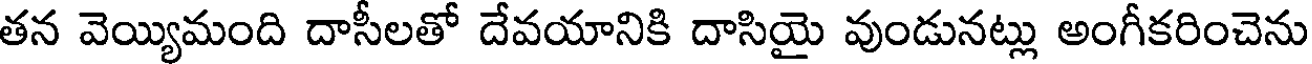
తన వెయ్యిమంది దాసీలతో దేవయానికి దాసియై వుండునట్లు అంగీకరించెను